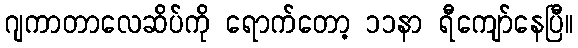
ဂျကာတာလေဆိပ်ကို ရောက်တော့ ၁၁နာ ရီကျော်နေပြီ။